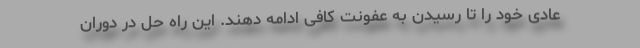
عادی خود را تا رسیدن به عفونت کافی ادامه دهند. این راه حل در دوران